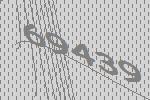
69439